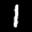
Label: 1